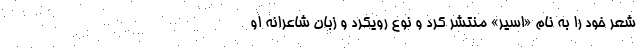
شعر خود را به نام «اسیر» منتشر کرد و نوع رویکرد و زبان شاعرانه او